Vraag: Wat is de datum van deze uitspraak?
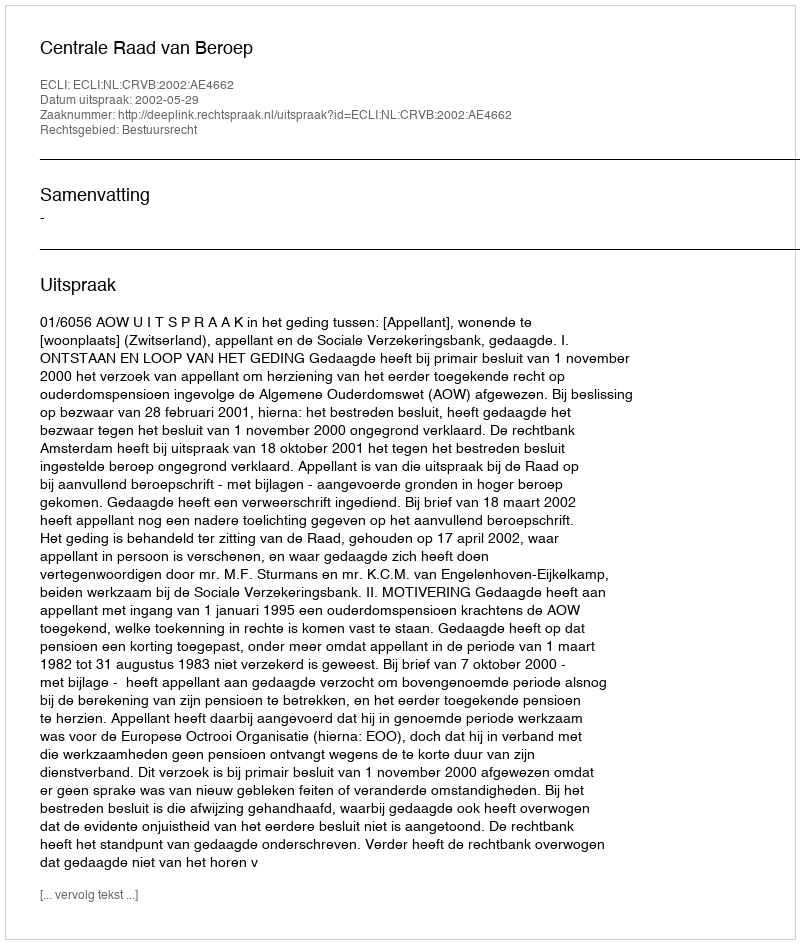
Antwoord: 2002-05-29